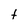
Character: t